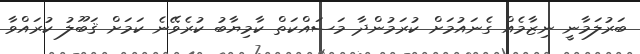
ބަރުލަމާނީ ނިޒާމެއް ގެނައުމަށް ކުރަމުންދާ މަސައްކަތް ކާމިޔާބު ކުރެވޭނެ ކަމަށް ޤަބޫލު ކުރައްވާ